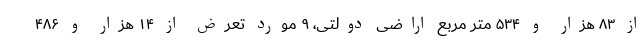
از ۸۳ هزار و ۵۳۴ متر مربع اراضی دولتی، ۹ مورد تعرض از ۱۴ هزار و ۴۸۶